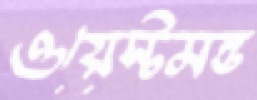
ওয়েস্টমন্ড